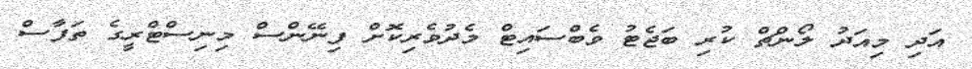
އަދި މިއަދު ލޯންޗް ކުރި ބަޖެޓު ވެބްސައިޓް މެދުވެރިކޮށް ފިނޭންސް މިނިސްޓްރީގެ ތަފާސް